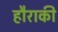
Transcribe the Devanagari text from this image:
हौराकी